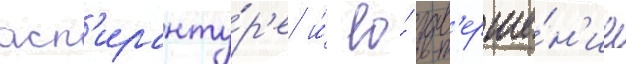
асп'иранту́р'е и́ ео́ зав'ерше́н'ие